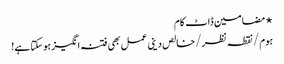
⋆ مضامین ڈاٹ کام
ہوم/نقطہ نظر/خالص دینی عمل بھی فتنہ انگیز ہوسکتا ہے!